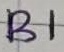
Text: B1